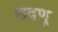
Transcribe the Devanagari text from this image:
छदणु